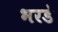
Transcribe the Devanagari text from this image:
भरडे